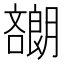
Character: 𡂯